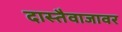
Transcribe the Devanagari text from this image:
दास्तैवाजावर